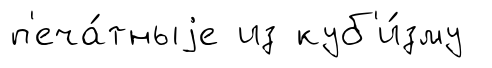
п'еча́тныjе из куб'и́зму